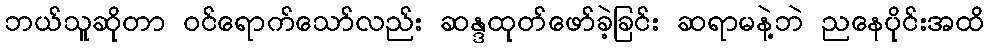
ဘယ်သူဆိုတာ ဝင်ရောက်သော်လည်း ဆန္ဒထုတ်ဖော်ခဲ့ခြင်း ဆရာမနဲ့ဘဲ ညနေပိုင်းအထိ